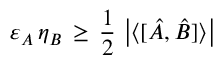
\varepsilon _ { A } \, \eta _ { B } \, \geq \, { \frac { 1 } { 2 } } \, \left| \langle [ { \hat { A } } , { \hat { B } } ] \rangle \right|